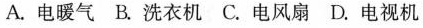
A.电暖气 B.洗衣机 C.电风扇 D.电视机